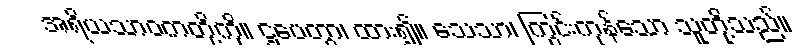
အရိယသာဝကတို့ကို။ ဌပေတွာ၊ ထား၍။ သေသာ၊ ကြွင်းကုန်သော သူတို့သည်။